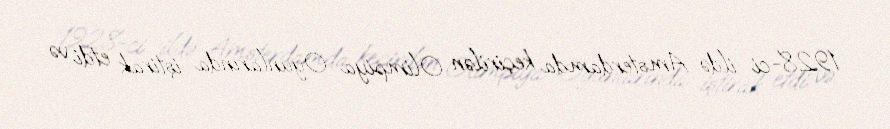
1928-ci ildə Amsterdamda keçirilən Olimpiya Oyunlarında iştirak etdi və